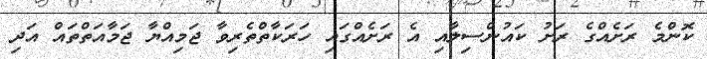
ކޮންމެ ރަށެއްގެ ރަށު ކައުންސިލާއި އެ ރަށެއްގައި ހަރަކާތްތެރިވާ ޖަމިއްޔާ ޖަމާއަތްތައް އަދި